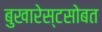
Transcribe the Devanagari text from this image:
बुखारेस्टसोबत